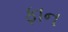
ફાન